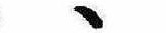
ゝ